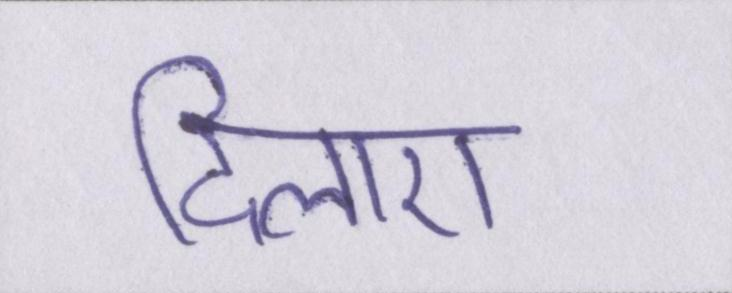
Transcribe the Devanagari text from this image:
दिलाए